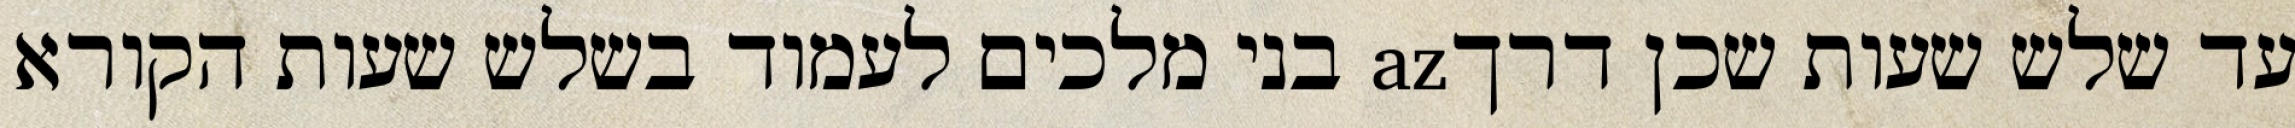
עד שלש שעות שכן דרךaz בני מלכים לעמוד בשלש שעות הקורא